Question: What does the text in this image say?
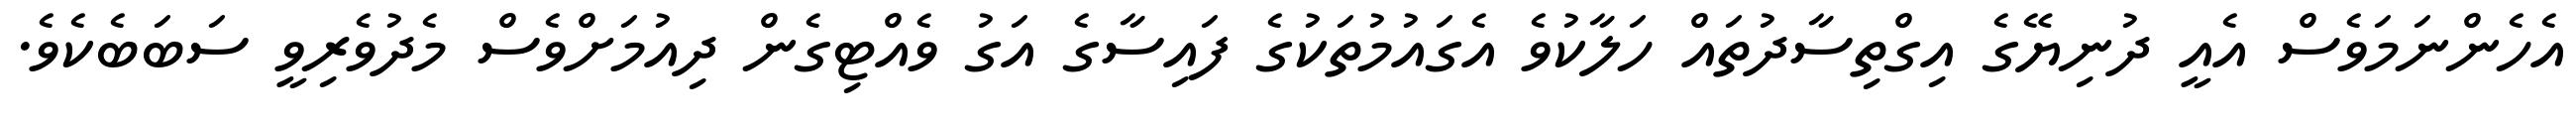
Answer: އެހެންނަމަވެސް އެއީ ދުނިޔޭގެ އިގްތިސާދުތައް ހަލާކުވެ އެގައުމުތަކުގެ ފައިސާގެ އަގު ވެއްޓިގެން ދިއުމަށްވެސް މެދުވެރިވީ ސަބަބެކެވެ.